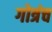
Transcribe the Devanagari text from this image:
गोत्रंच